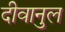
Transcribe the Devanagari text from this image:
दीवानुल